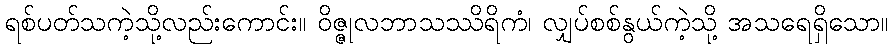
ရစ်ပတ်သကဲ့သို့လည်းကောင်း။ ဝိဇ္ဇုလဘာသဿိရိကံ၊ လျှပ်စစ်နွယ်ကဲ့သို့ အသရေရှိသော။